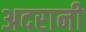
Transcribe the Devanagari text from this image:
अदरानी